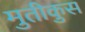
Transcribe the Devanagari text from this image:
मुतीकुस